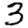
Digit: 3